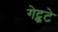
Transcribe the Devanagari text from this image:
गेट्कटे